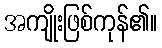
အကျိုးဖြစ်ကုန်၏။